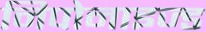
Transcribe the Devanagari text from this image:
निपोनाइज्ड